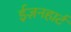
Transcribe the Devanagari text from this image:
ईज़नहार्ट